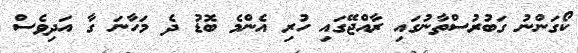
ކޯގަންނު ގަބުރުސްތާނުގައި ރާއްޖޭގައި ހުރި އެންމެ ބޮޑު ދެ މަހާނަ ގާ އަދިވެސް